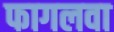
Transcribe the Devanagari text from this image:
फागलवा